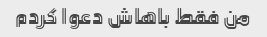
من فقط باهاش ​​دعوا کردم